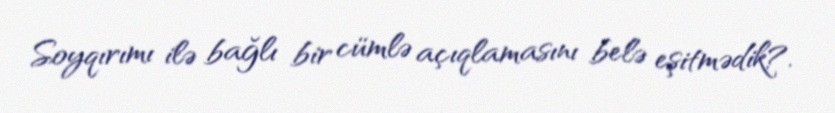
Soyqırımı ilə bağlı bir cümlə açıqlamasını belə eşitmədik?.